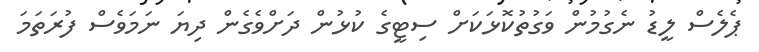
ޕެލެސް ލީޑު ނެގުމުން ވަގުތުކޮޅަކަށް ސިޓީގެ ކުޅުން ދަށްވެގެން ދިޔަ ނަމަވެސް ފުރަތަމަ